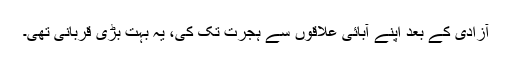
آزادی کے بعد اپنے آبائی علاقوں سے ہجرت تک کی، یہ بہت بڑی قربانی تھی۔